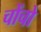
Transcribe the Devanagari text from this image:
चोंचो